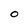
Character: O